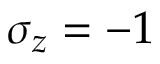
\sigma _ { z } = - 1